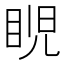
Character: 𥆩